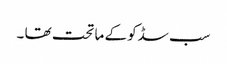
سب سڈکو کے ما تحت تھا ۔